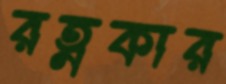
রত্নকার